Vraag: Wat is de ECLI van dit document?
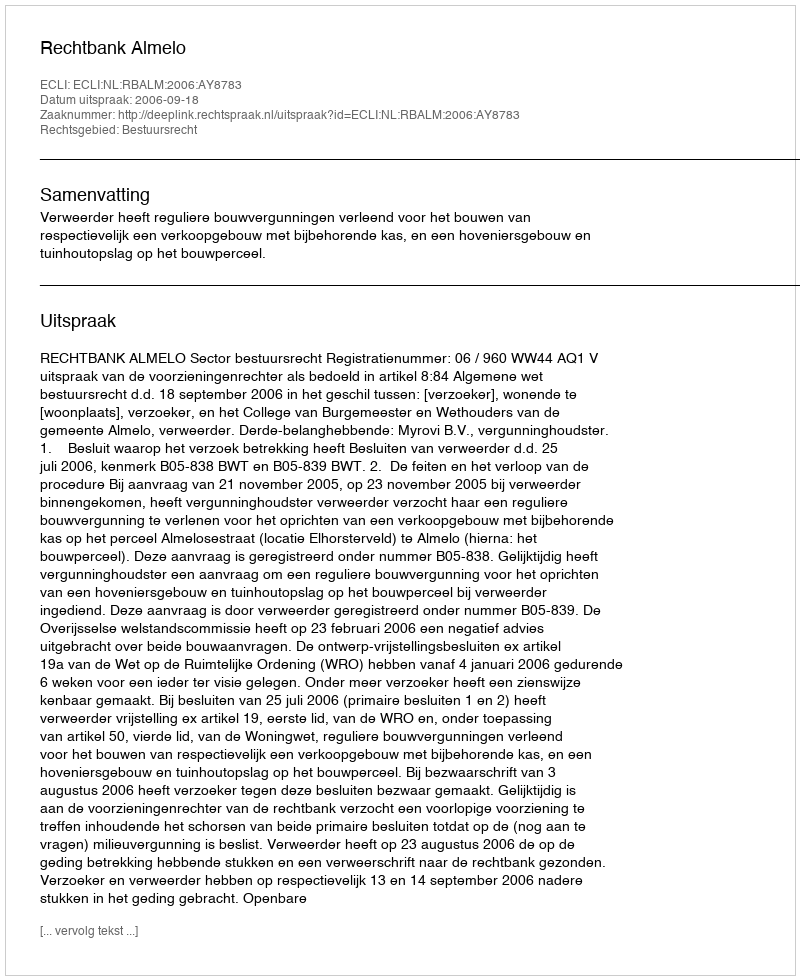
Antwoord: ECLI:NL:RBALM:2006:AY8783